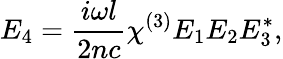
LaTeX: E_{4}={\frac{i\omega l}{2nc}}\chi^{(3)}E_{1}E_{2}E_{3}^{*},